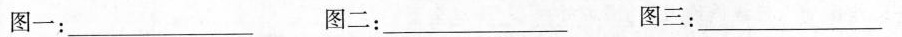
图一：___ 图二：___ 图三：___